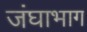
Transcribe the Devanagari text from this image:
जंघाभाग